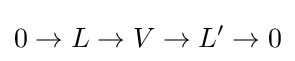
0\to L\to V\to L'\to 0